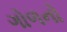
ગોળનો